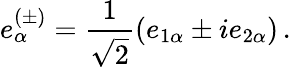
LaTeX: e_{\alpha}^{(\pm)}=\frac{1}{\sqrt{2}}(e_{1\alpha}\pm ie_{2\alpha})\, .